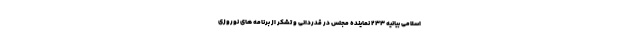
اسلامی بیانیه ۲۳۳ نماینده مجلس در قدردانی و تشکر از برنامه های نوروزی